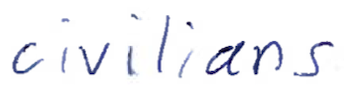
Text: civilians
Cross-out: clean
Writing tool: ballpoint